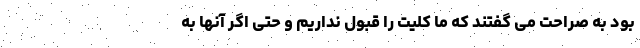
بود به صراحت می گفتند که ما کلیت را قبول نداریم و حتی اگر آنها به